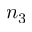
n _ { 3 }